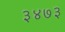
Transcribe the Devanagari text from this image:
३४७३